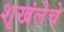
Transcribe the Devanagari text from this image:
शृखंलेचे